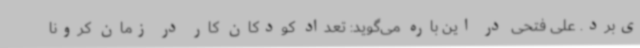
ی‌برد. علی فتحی در این باره می‌گوید: تعداد کودکان کار در زمان کرونا